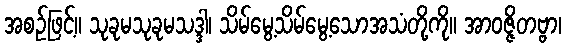
အစဉ်ဖြင့်။ သုခုမသုခုမသဒ္ဒါ၊ သိမ်မွေ့သိမ်မွေ့သောအသံတို့ကို။ အာဝဇ္ဇိတဗ္ဗာ၊